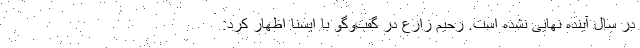
در سال آینده نهایی نشده است. رحیم زارع در گفت‌وگو با ایسنا اظهار کرد: